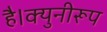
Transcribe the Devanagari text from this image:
है।क्युनीरूप